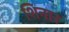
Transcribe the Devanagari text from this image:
शिनार